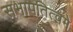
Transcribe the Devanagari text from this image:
सभापतित्वमे